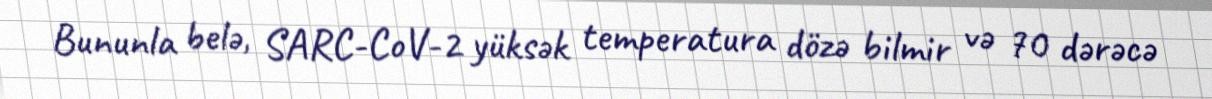
Bununla belə, SARC-CoV-2 yüksək temperatura dözə bilmir və 70 dərəcə